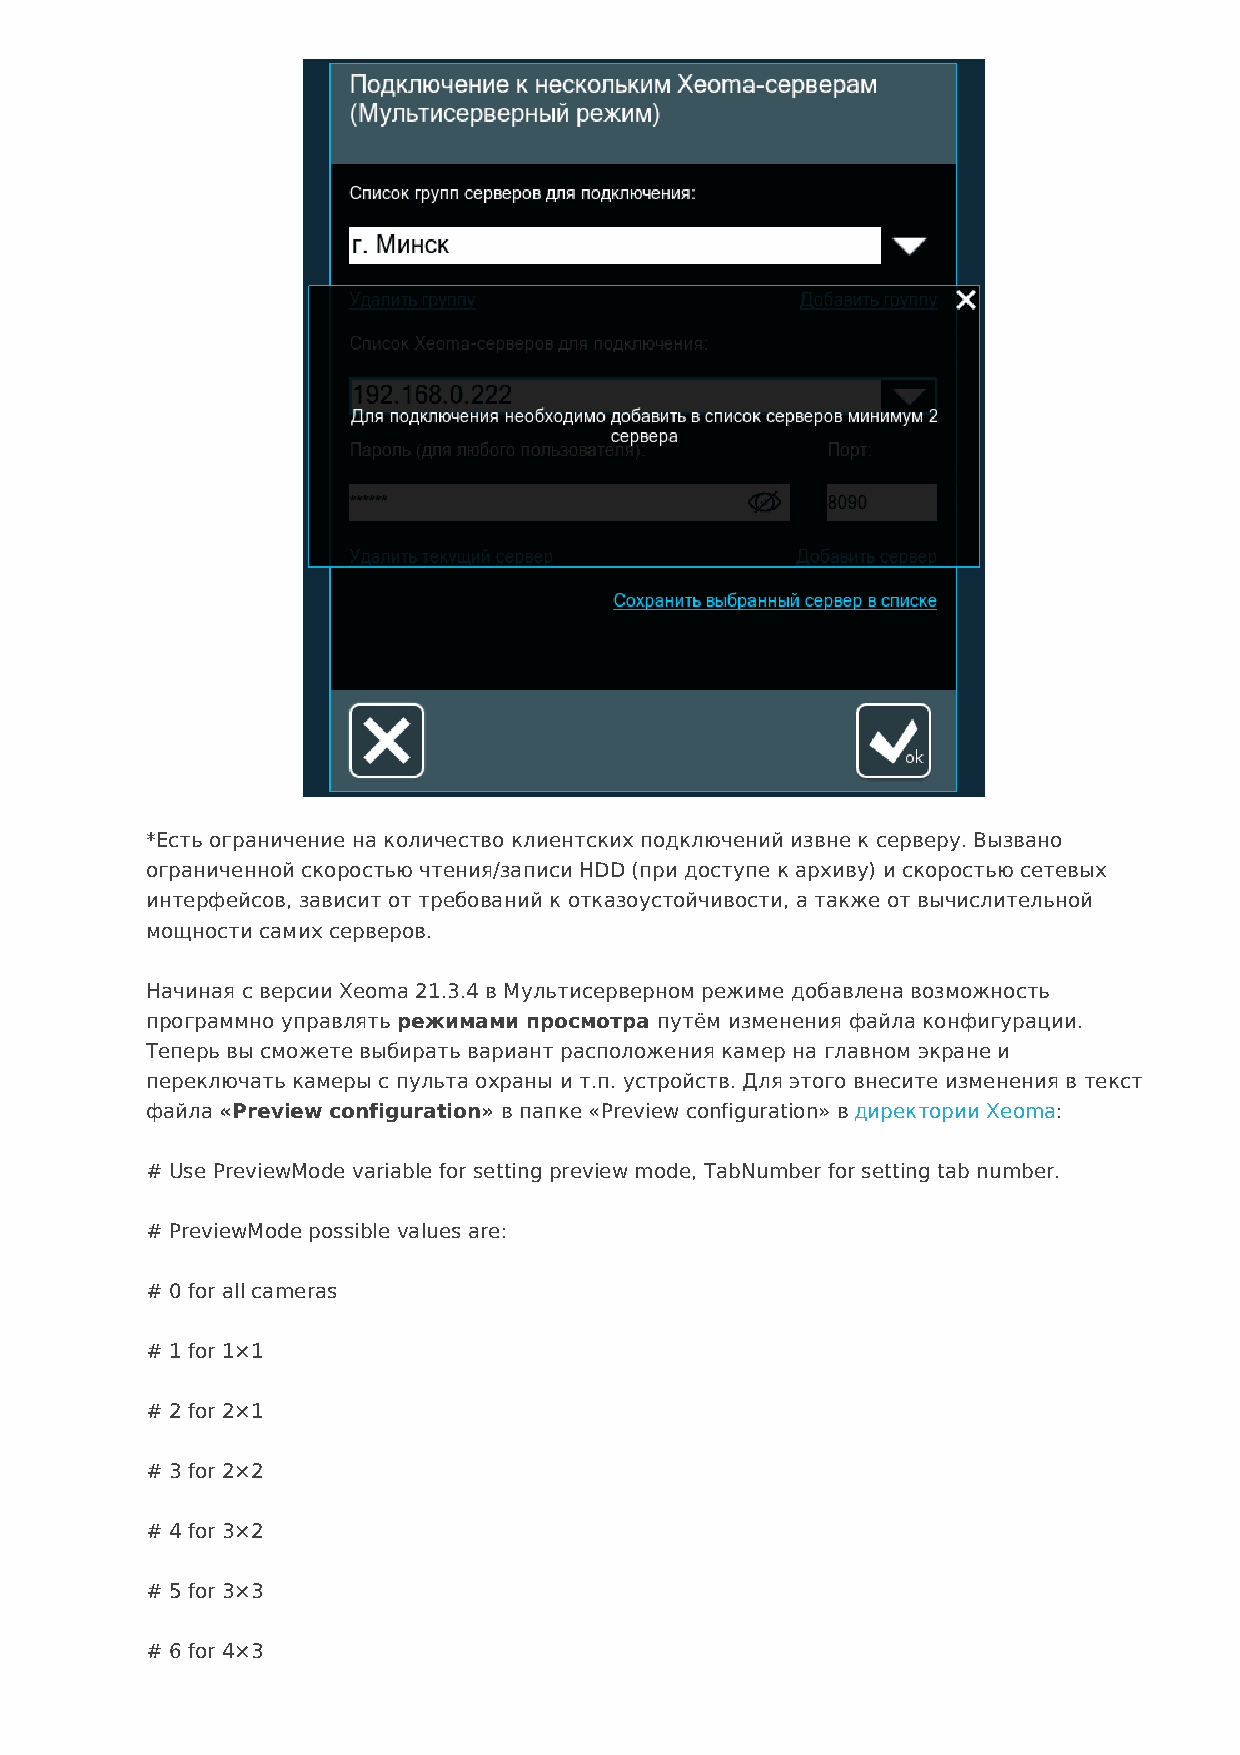
*Есть ограничение на количество клиентских подключений извне к серверу. Вызвано
 ограниченной скоростью чтения/записи HDD (при доступе к архиву) и скоростью сетевых
 интерфейсов, зависит от требований к отказоустойчивости, а также от вычислительной
 мощности самих серверов.
 Начиная с версии Xeoma 21.3.4 в Мультисерверном режиме добавлена возможность
 программно управлять режимами просмотра путём изменения файла конфигурации.
 Теперь вы сможете выбирать вариант расположения камер на главном экране и
 переключать камеры с пульта охраны и т.п. устройств. Для этого внесите изменения в текст
 файла «Preview configuration» в папке «Preview configuration» в директории Xeoma:
 # Use PreviewMode variable for setting preview mode, TabNumber for setting tab number.
 # PreviewMode possible values are:
 # 0 for all cameras
 # 1 for 1×1
 # 2 for 2×1
 # 3 for 2×2
 # 4 for 3×2
 # 5 for 3×3
 # 6 for 4×3